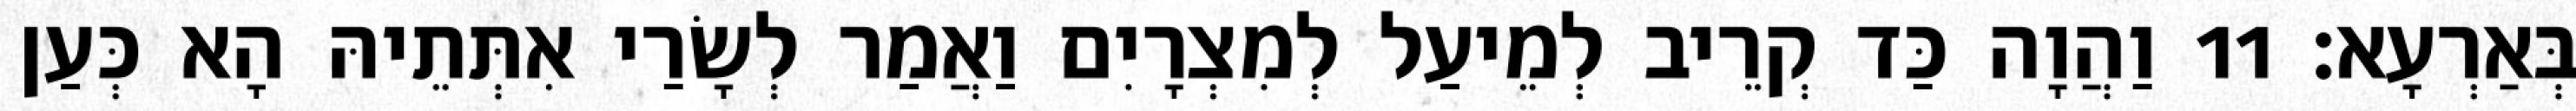
בְּאַרְעָא׃ 11 וַהֲוָה כַּד קְרֵיב לְמֵיעַל לְמִצְרָיִם וַאֲמַר לְשָׂרַי אִתְּתֵיהּ הָא כְּעַן